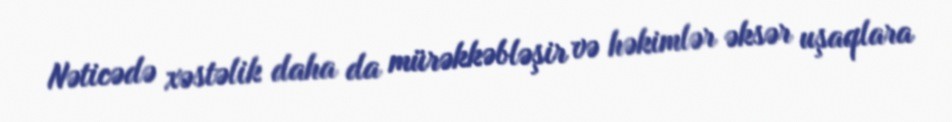
Nəticədə xəstəlik daha da mürəkkəbləşir və həkimlər əksər uşaqlara